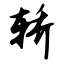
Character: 轿